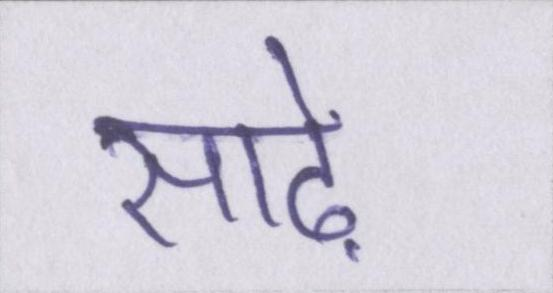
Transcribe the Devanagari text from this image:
साढ़े